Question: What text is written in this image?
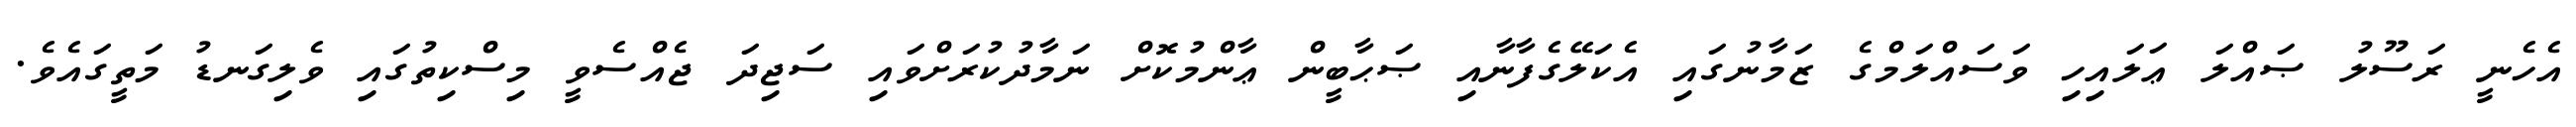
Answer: އެހެނީ ރަސޫލު ޞައްލަ ޢަލައިހި ވަސައްލަމްގެ ޒަމާނުގައި އެކަލޭގެފާނާއި ޞަޙާބީން ޢާންމުކޮށް ނަމާދުކުރަށްވައި ސަޖިދަ ޖެއްސެވީ މިސްކިތުގައި ވެލިގަނޑު މަތީގައެވެ.